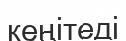
кеңітеді